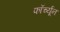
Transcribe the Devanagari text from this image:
फॉर्च्‍यून